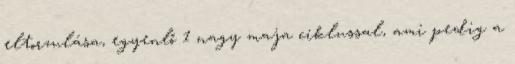
eltorzulása, egyenlő 1 nagy maja ciklussal, ami pedig a